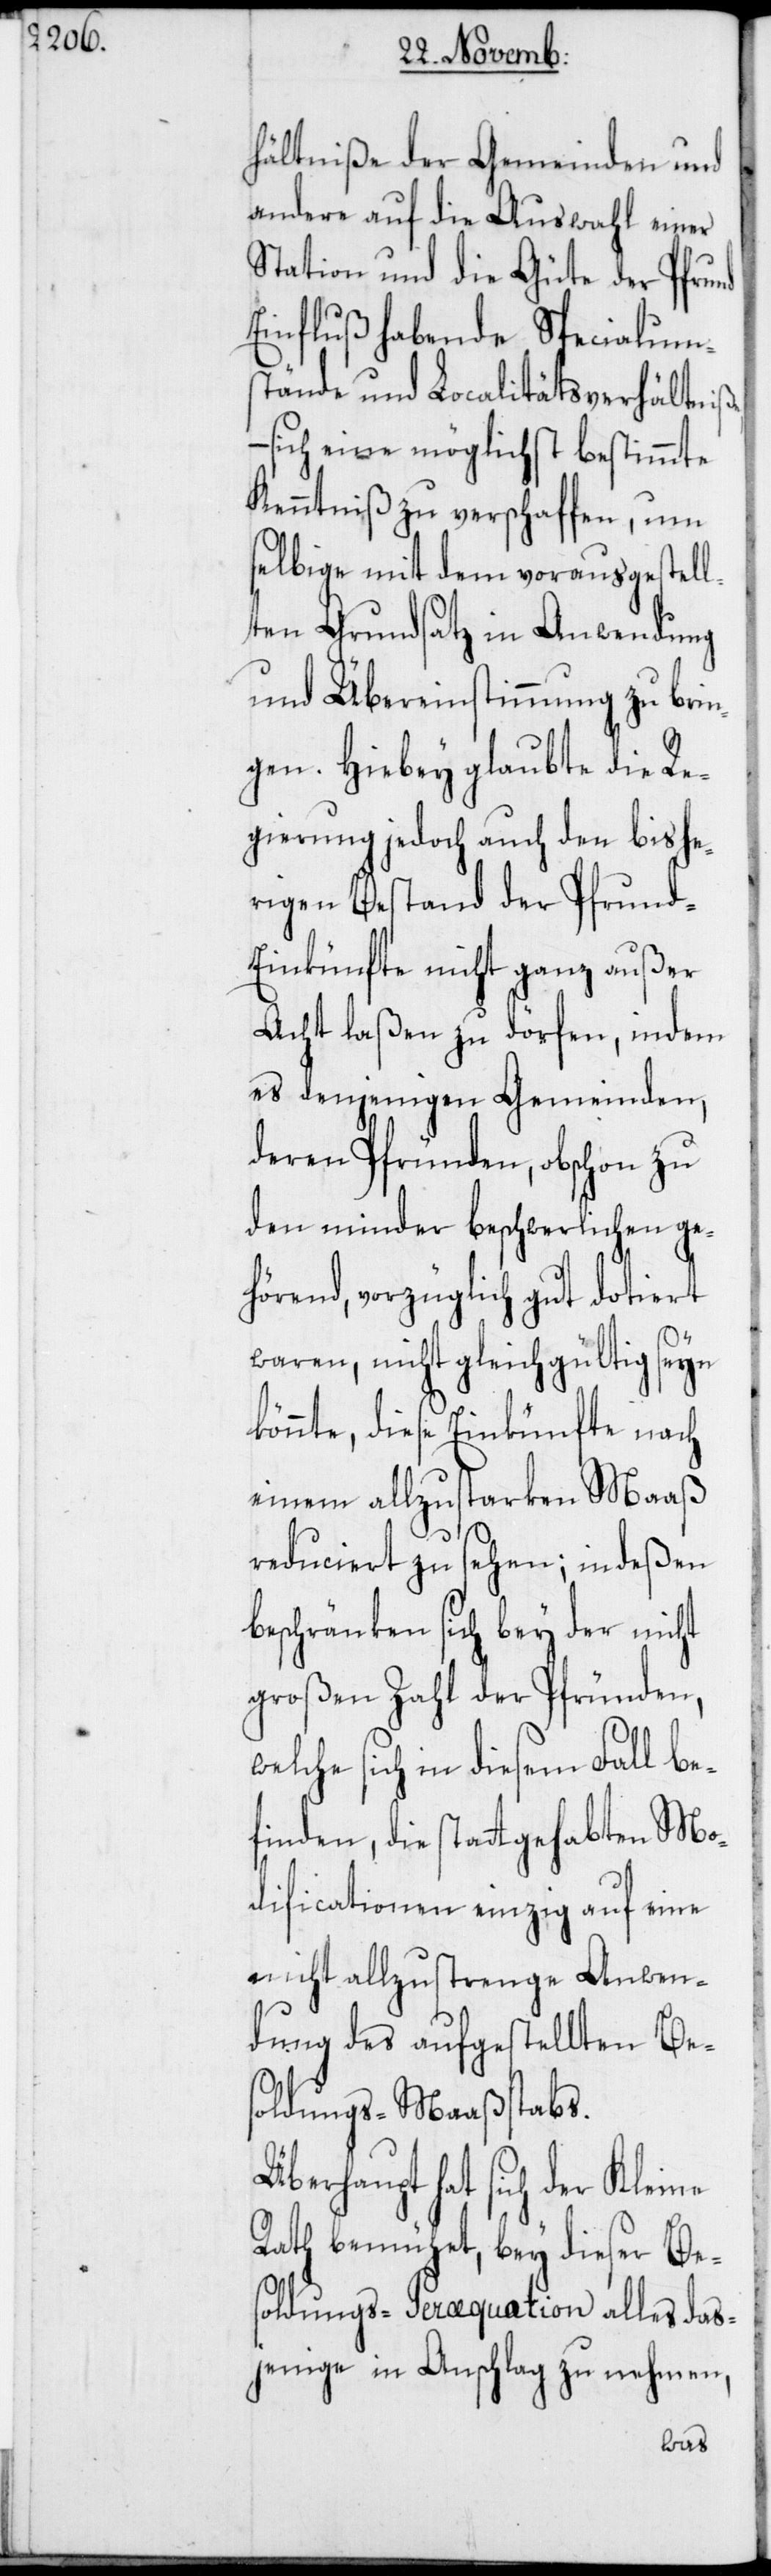
hältniße der Gemeinden und
andere auf die Auswahl einer
Station und die Güte der Pfrund
Einfluß habende Spezialum¬
stände und Localitätsverhältniße,
– sich eine möglichst bestimmte
Kenntniß zu verschaffen, um
selbige mit dem vorausgestell¬
ten Grundsatz in Anwendung
und Übereinstimmung zu brin¬
gen. Hiebey glaubte die Re¬
gierung jedoch auch den bishe¬
rigen Bestand der Pfrund-E¬
inkünfte nicht ganz außer
Acht laßen zu dörfen, indem
es denjenigen Gemeinden,
deren Pfründen, obschon zu
den minder beschwerlichen ge¬
hörend, vorzüglich gut dotiert
waren, nicht gleichgültig seyn
könnte, diese Einkünfte nach
einem allzustarken Maaß
reduciert zu sehen; indeßen
beschränken sich bey der nicht
großen Zahl der Pfründen,
welche sich in diesem Fall be¬
finden, die stattgehabten Mo¬
dificationen einzig auf eine
nicht allzustrenge Anwen¬
dung des aufgestellten Bes¬
oldungs-Maaßstabs.
Überhaupt hat sich der Kleine
Rath bemühet, bey dieser Be¬
soldungs-Peræquation alles das¬
jenige in Anschlag zu nehmen,